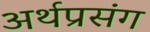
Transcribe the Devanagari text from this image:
अर्थप्रसंग